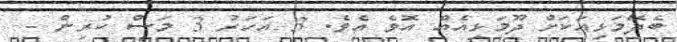
ބެދޭމަޅިއަކަށް ދޫމަޅިއެއް އޮވެ އެވެ. 3 އަހަރު 3 މަސް ކުރިން -